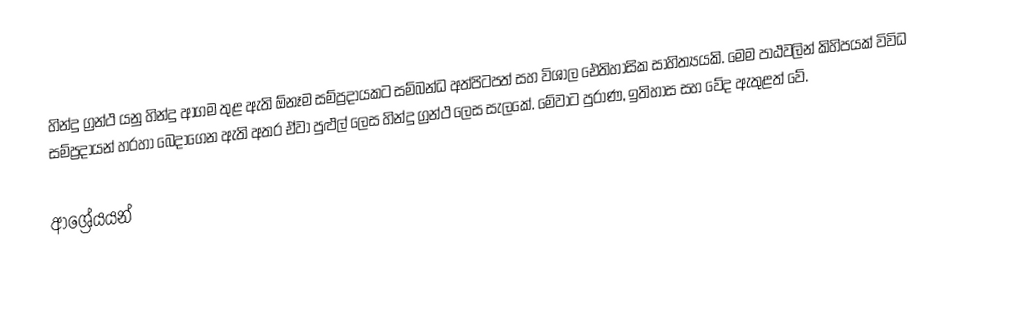
හින්දු ග්‍රන්ථ යනු හින්දු ආගම තුළ ඇති ඕනෑම  සම්ප්‍රදායකට සම්බන්ධ අත්පිටපත් සහ විශාල ඓතිහාසික සාහිත්‍යයකි. මෙම පාඨවලින් කිහිපයක් විවිධ සම්ප්‍රදායන් හරහා බෙදාගෙන ඇති අතර ඒවා පුළුල් ලෙස හින්දු ග්‍රන්ථ ලෙස සැලකේ. මේවාට පුරාණ, ඉතිහාස සහ වේද ඇතුළත් වේ.

ආශ්‍රේයයන්